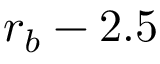
r _ { b } - 2 . 5 \